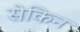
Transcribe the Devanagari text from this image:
सेकिन